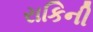
રાકિની